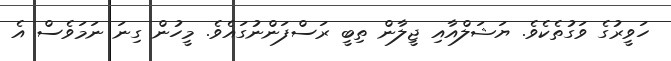
ހަވީރުގެ ވަގުތެކެވެ. ޔަޝަލްއާއި ޖީލާން ތިބީ ރަސްފަންނުގައެވެ. މީހުން ގިނަ ނަމަވެސް އެ